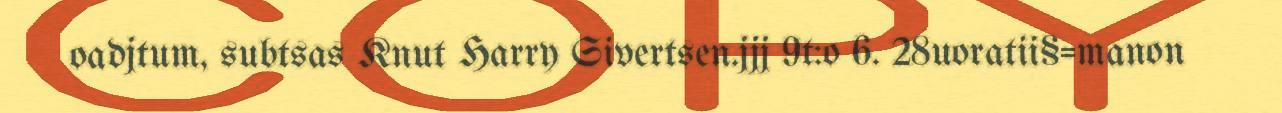
oadjtum, subtsas Knut Harry Sivertsen.jjj 9t:o 6. 28uoratii§=manon